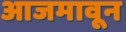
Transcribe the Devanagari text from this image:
आजमावून